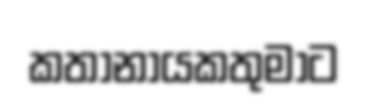
කතානායකතුමාට